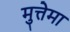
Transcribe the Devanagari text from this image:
मुत्तेमा